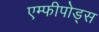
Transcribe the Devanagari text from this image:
एम्फीपोड्स